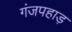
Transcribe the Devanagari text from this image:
गंजपहाड़